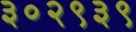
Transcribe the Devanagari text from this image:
३०२९३९